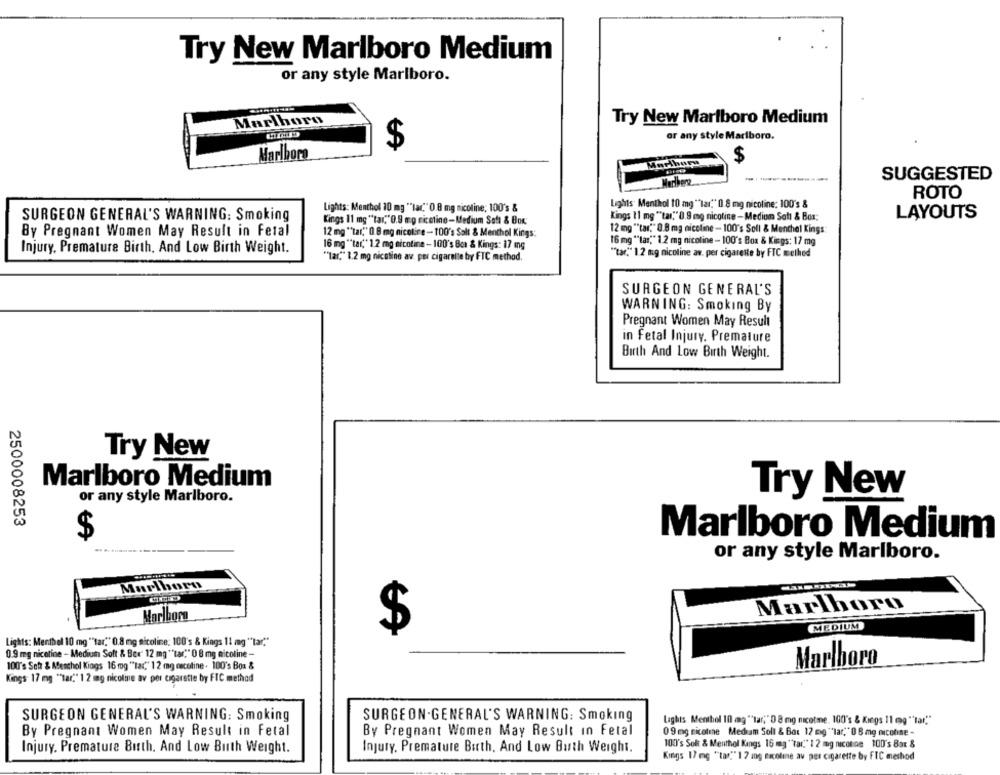
Try New Marlboro Medium
or any style Marlboro.
Marlboro
Try New Marlboro Medium
or any style Marlboro.
$
Marlboro
$
SUGGESTED
ROTO
Lights: Menthol 10 mg ""lar," 0.8 mg nicoline; 100's &
Lights Menthol 10 mg "lar." 0.8 mg nicoline: 100's &
SURGEON GENERAL'S WARNING: Smoking
Kings 11 mg ""tar." 0.9 mg nicotine -Medium Soft & Box:
LAYOUTS
Kings 11 mg "*tar."0.9 mg nicotine-Medium Soft & Box:
By Pregnant Women May Result in Fetal
12 mg "tar," 0 8 mg nicoline -100's Solt & Menthol Kings:
12 mg ""tar" 0.0 mg nicoline - 100's Soll & Menthal Kings
16 mg "tar," 1.2 mg nicotine - 100's Box & Kings: 17 mg
16 mg ""las"" 1.2 mg nicoline - 100's Box & Kings: 17 mg
Injury, Premature Birth, And Low Birth Weight.
"Tar," 1.2 mg nicotine av. per cigarelle by FTC method.
"tar" 1.2 mg nicoline av. per cigarette by FTC method
SURGEON GENERAL'S
WARNING: Smoking By
Pregnant Women May Result
in fetal Injury. Premature
Birth And Low Birth Weight.
Try New
Marlboro Medium
or any style Marlboro.
Try New
2500008253
$
Marlboro Medium
or any style Marlboro.
Marlboro
Marlboro
Marlboro
$
MEDIUM
Lights: Menthol 10 mg ""tar." 0.8 mg nicoline: 100's & Kings 11 mg ""tar."
0.9 mg nicotine - Medium Solt & Ber 12 mg ** tar"" 0 8 mg nicoline -
100's Sch & Menthol Kings 16 mg "tar," 12 mg escotine . 100's Box &
Marlboro
Kings 17 mg ""tar." 1 2 mg nicoline av per cigarette by FIC method
SURGEON GENERAL'S WARNING: Smoking
SURGEON.GENERAL'S WARNING: Smoking
Laghts Menthol 10 mg "tar," 0 8 mg micotme. 100's & Kings 11 g "tar."
By Pregnant Women May Result in Fetal
By Pregnant Women May Result in Fetal
09 mg nicotine Mediam Soll & Bot 12 mg ""lar," 0 6 mg micofine -
100's Solt & Menthol Kangs 16 mg "tar." 1 2 mg niconoe 100's Bar &
Injury. Premature Birth. And Low Birth Weight.
Injury. Premature Birth, And Low Birth Weight.
Kings 17 mg ""tar" 1 7 1og nicoline av per cigarette by FIC method